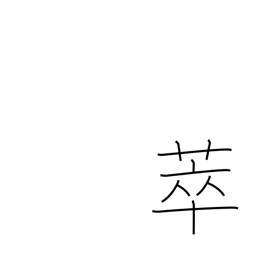
Meaning: collect